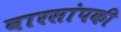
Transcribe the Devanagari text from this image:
वारसांपकी